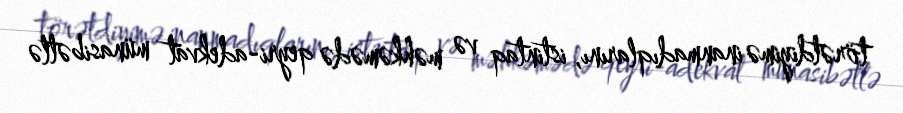
törətdiyimə inanmadıqlarını, istintaq və məhkəmədə qeyri-adekvat münasibətlə